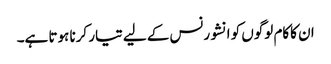
ان کاکام لوگوں کو انشورنس کے لیے تیار کرنا ہوتا ہے۔